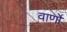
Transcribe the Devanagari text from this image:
वार्णो